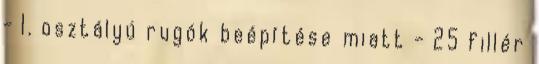
- I. osztályú rugók beépítése miatt - 25 fillér